Vaccination in Bombay 1889-1901 - 1889-1901
Year: 1889
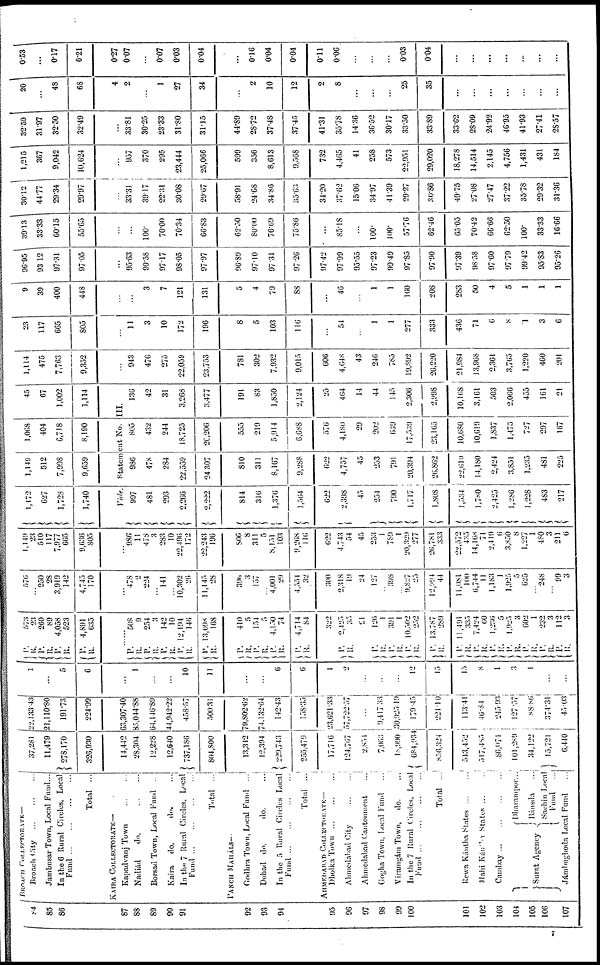
84
85
86
87
88
89
90
91
92
93
94
95
96
97
98
99
100
101
102
103
104
105
106
107
BROACH COLLECTORATE—
Broach City ... ... ...
Jambusar Town, Local Fund...
In the 6 Rural Circles, Local
Fund
...
...
...
...
Total ...
KAIRA COLLECTORATE—
Kapadvanj Town
...
...
Nadiád
do.
...
...
Borsad Town, Local Fund ...
Kaira
do.
do.
...
In the 7 Rural Circles, Local
Fund
...
...
...
...
Total ...
PANCH MAHÁLS—
Godhra Town, Local Fund ...
Dohad do.
do.
...
In the 5 Rural Circles Local
Fund
...
...
...
...
Total ...
AHMEDABAD COLLECTORATE—
Dholka Town
...
...
...
Ahmedabad City
...
...
Ahmedabad Cantonment ...
Gogha Town, Local Fund
...
Viramgám Town,
do. ...
In the 7 Rural Circles, Local
Fund
...
...
...
...
Total
...
Rewa Kántha States
...
...
Mahi Kántha States ...
Cambay ... ... ... ...
Surat Agency
Dharampor...
Bánsda
...
Sachin Local
Fund
...
Jámbughoda Local Fund ...
37,281
11,479
278,170
326,930
14,442
28,304
12,228
12,640
737,186
804,800
13,312
12,394
229,743
255,479
17,716
124,767
2,854
7,063
18,990
684,034
856,324
543,452
517,485
86,074
101,289
34,122
15,721
6,440
22,133.43
21,110.80
191.73
224.99
63,307.40
85,044.88
64,146.89
44,942.22
458.57
500.31
79,802.62
74,132.64
142.43
158.35
23,621.33
57,722.57
...
9,417.33
30,925.19
179.45
221.10
113.41
46.84
245.93
127.57
88.86
374.31
45.03
1
...
5
6
...
1
...
...
10
11
...
...
6
6
1
2
...
...
...
12
15
15
8
1
3
1
...
...
P.
R.
P.
R.
P.
R.
P.
R.
573
23
260
89
4,058
523
4,891
635
......
P. R.
P.
R.
P.
R. P.
R.
P.
R.
P.
R.
P.
R. P.
in.
P.
R.
P.
R.
...
P.
R.
P.
R.
P.
R.
P.
R.
P.
R.
P.
R.
P.
R.
P.
R.
P.
R.
P.
R.
P.
R.
568
9
254
3
142
10
12,194
146
13,998
168
410
5
154
5
4,150
74
4,714
84
322
2,425
35
21
126
1
391
1
10,502
252
13,787
289
11,491
335
7,424
60
1,236
5
1,925
3
602
1
232
3
112
3
576
...
250
28
3,919
142
4,745
170
...
478
2
224
...
141
...
10,302
26
11,145
28
396
3
157
...
4,001
20
4,554
32
300
2,318
19
24
127
...
398
...
9,827
25
12,994
44
11,081
100
6,744
11
1,183
1
1,925
5
625
...
248
...
99
3
1,149
23
510
117
7,977
665
9,636
805
...
986
11
478
3
283
10
22,496
172
22,243
196
806
8
311
5
8,151
103
9,268
116
622
4,743
54
45
253
1
789
1
20,329
277
26,781
333
22,572
435
14,168
71
2,419
6
3,850
8
1,227
1
480
3
211
6
1,172
627
1,728
1,740
1,149
512
7,998
9,659
1,068
404
6,718
8,190
45
67
1,002
1,114
Vide.
Statement No. III.
997
481
293
2,266
2,222
814
316
1,376
1,564
622
2,398
45
254
790
1,717
1,808
1,534
1,780
2,425
1,286
1,228
483
217
986
478
284
22,559
24,307
810
311
8,167
9,288
622
4,757
45
253
791
20,394
26,862
22,610
14,180
2,424
3,851
1,235
481
225
805
432
244
18,725
20,206
555
219
5,914
6,688
576
4,180
29
202
639
17,539
23,165
10,680
10,619
1,837
1,475
727
297
167
136
42
31
3,268
3,477
191
83
1,850
2,124
25
464
14
44
145
2,306
2,998
10,168
3,161
503
2,066
455
161
21
1,114
475
7,763
9,352
...
943
476
275
22,059
23,753
781
302
7,932
9,015
606
4,648
43
246
785
19,892
26,220
21,984
13,968
2,361
3,765
1,220
460
201
23
117
665
805
...
11
3
10
172
196
8
5
103
116
...
54
...
1
1
277
333
436
71
6
8
1
3
6
9
39
400
448
...
...
3
7
121
131
5
4
79
88
...
46
...
1
1
160
208
283
50
4
5
1
1
1
96.95
93.12
97.31
97.05
...
95.63
99.58
97.17
98.05
97.97
96.89
97.10
97.31
97.26
97.42
97.99
95.55
97.23
99.49
97.85
97.90
97.39
98.58
97.60
97.79
99.42
95.83
95.26
39.13
33.33
60.15
55.65
...
...
100.
70.00
70.34
66.83
62.50
80.00
76.69
75.86
...
85.18
...
100.
100.
57.76
62.46
65.05
70.42
66.66
62.50
100.
33.33
16.66
30.12
44.77
29.34
29.97
...
33.31
39.17
22.31
30.08
29.67
58.91
24.68
34.86
35.63
34.20
37.62
15.06
34.97
41.39
29.27
30.86
49.75
27.08
27.47
37.22
35.78
29.32
31.36
1,215
367
9,042
10,624
...
957
370
295
23,444
25,066
599
356
8,613
9,568
732
4,465
41
258
573
22,951
29,020
18,278
14,514
2,145
4,756
1,431
431
184
32.59
31.97
32.50
32.49
...
33.81
30.25
23.33
31.80
31.15
44.89
28.72
37.48
37.45
41.31
35.78
14.36
36.52
30.17
33.50
33.89
33.62
28.09
24.92
46.95
41.93
27.41
28.57
20
...
48
68
4
2
...
1
27
34
...
2
10
12
2
8
...
...
...
25
35
...
...
...
...
...
...
...
0.53
...
0.17
0.21
0.27
0.07
...
0.07
0.03
0.04
...
0.16
0.04
0.04
0.11
0.06
...
...
...
0.03
0.04
...
...
...
...
...
...
...
7